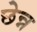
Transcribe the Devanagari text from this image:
छेन्न